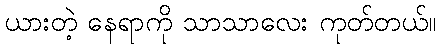
ယားတဲ့ နေရာကို သာသာလေး ကုတ်တယ်။